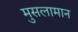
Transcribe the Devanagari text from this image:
मुसलामान